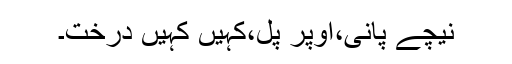
نیچے پانی،اوپر پل،کہیں کہیں درخت۔